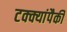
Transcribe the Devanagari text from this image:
टक्क्यांपैकी